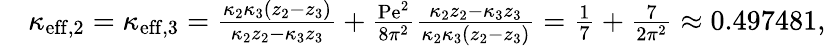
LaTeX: \begin{array}{rl}&{\kappa_{\mathrm{eff},2}=\kappa_{\mathrm{eff},3}=\frac{\kappa_{2}\kappa_{3}\left(z_{2}-z_{3}\right)}{\kappa_{2}z_{2}-\kappa_{3}z_{3}}+\frac{\mathrm{Pe}^{2}}{8\pi^{2}}\frac{\kappa_{2}z_{2}-\kappa_{3}z_{3}}{\kappa_{2}\kappa_{3}\left(z_{2}-z_{3}\right)}=\frac{1}{7}+\frac{7}{2\pi^{2}}\approx 0.497481,}\end{array}